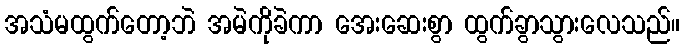
အသံမထွက်တော့ဘဲ အမဲကိုခဲကာ အေးဆေးစွာ ထွက်ခွာသွားလေသည်။